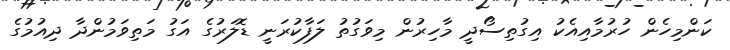
ކަންމިހެން ހުރުމާއިއެކު އިގުތިސޯދީ މާހިރުން މިވަގުތު ލަފާކުރަނީ ޑޮލަރުގެ އަގު މަތިވަމުންދާ ދިއުމުގެ